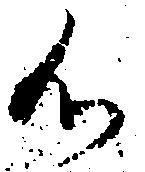
候